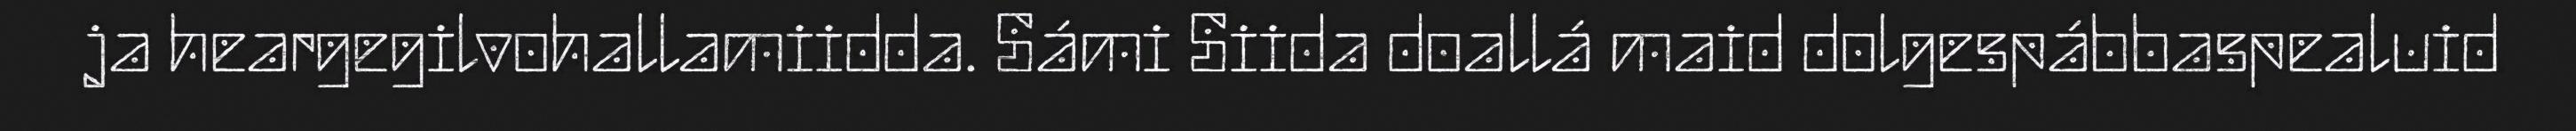
ja heargegilvohallamiidda. Sámi Siida doallá maid dolgespábbaspealuid